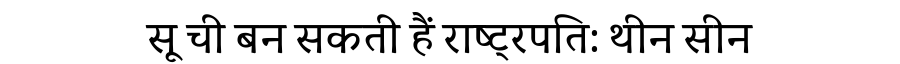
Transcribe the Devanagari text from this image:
सू ची बन सकती हैं राष्ट्रपति: थीन सीन